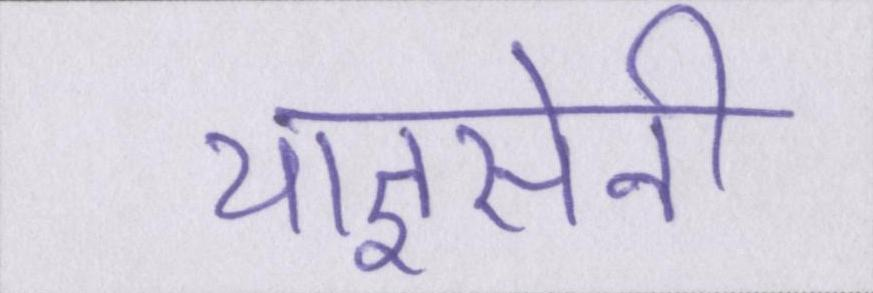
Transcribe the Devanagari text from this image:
याज्ञसेनी